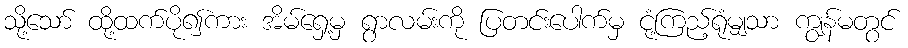
သို့သော် ထို့ထက်ပို၍ကား အိမ်ရှေ့မှ ရွာလမ်းကို ပြတင်းပေါက်မှ ငုံ့ကြည့်ရုံမျှသာ ကျွန်မတွင်